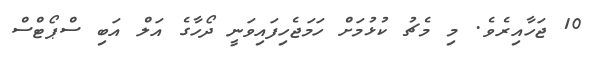
10 ޖަހާއިރެވެ. މި މެޗު ކުޅުމަށް ހަމަޖެހިފައިވަނީ ދޯހާގެ އަލް އަަބި ސްޕޯޓްސް